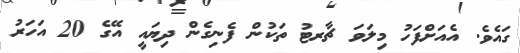
ގައެވެ. އެއަށްފަހު މިލަވަ ޗާރޓު ތަކުން ފެނިގެން ދިޔައީ އޭގެ 20 އަހަރު